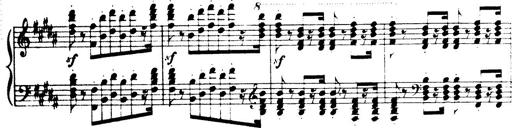
Title: Wagner-Liszt Album
Composer: Franz Liszt